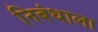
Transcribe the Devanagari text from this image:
निबंधाला